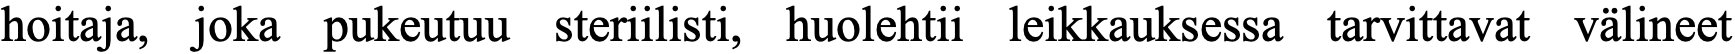
hoitaja, joka pukeutuu steriilisti, huolehtii leikkauksessa tarvittavat välineet